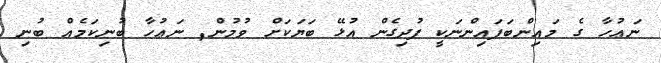
ނަޢުހާ ގެ މައިންބަފައިންނަކީ ފުދިގެން އުޅޭ ބަޔަކަށް ވުމުން